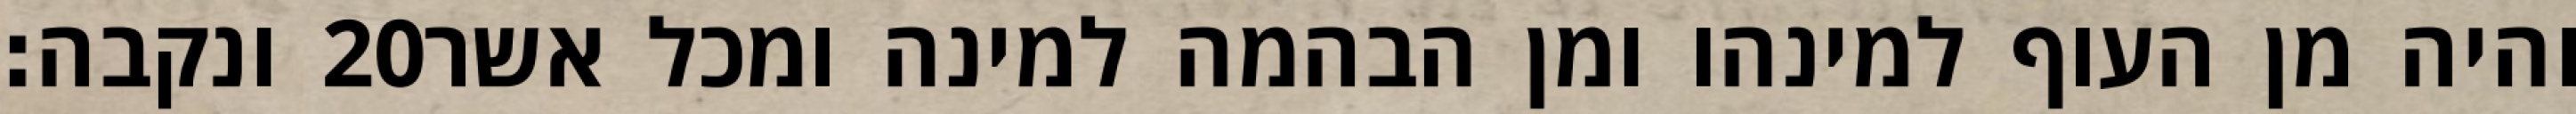
ונקבה׃ ‎20‏ והיה מן העוף למינהו ומן הבהמה למינה ומכל אשר